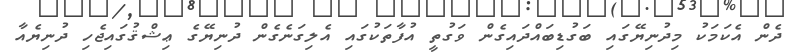
ދެން އެކަމަކު މިދުނިޔޭގައި ބަގުޑިބައްދައިގެން ވަގުތީ އުފާތަކުގައި އެލިގަނެގެން ދުނިޔޭގެ ޢިޝްޤުގައިޖެހި ދުނިޔެއާ